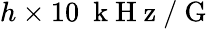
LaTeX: h\times 10~\mathrm{~k~H~z~}/\mathrm{~G~}